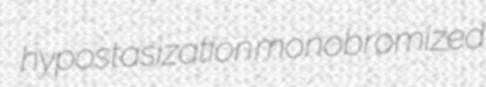
hypostasization monobromized